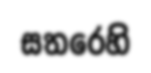
සතරෙහි